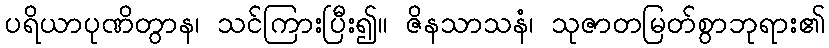
ပရိယာပုဏိတွာန၊ သင်ကြားပြီး၍။ ဇိနသာသနံ၊ သုဇာတမြတ်စွာဘုရား၏